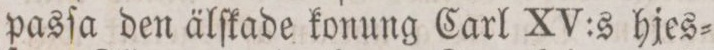
pasſa den älſkade konung Carl XV:s hjes=